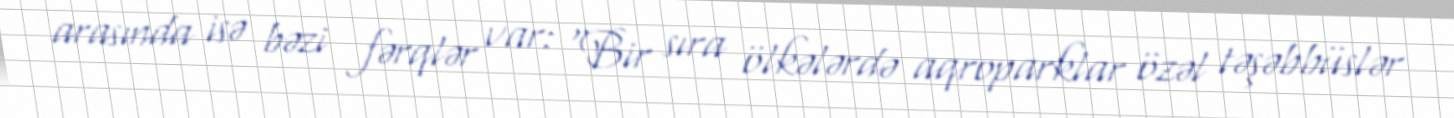
arasında isə bəzi fərqlər var: “Bir sıra ölkələrdə aqroparklar özəl təşəbbüslər